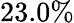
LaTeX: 23.0\%